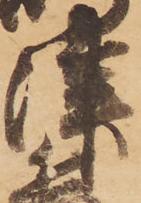
津